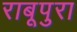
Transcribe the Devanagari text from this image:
राबूपुरा